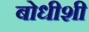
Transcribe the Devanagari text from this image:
बोधीशी